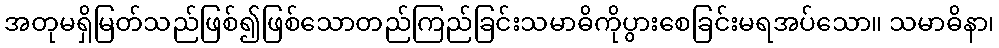
အတုမရှိမြတ်သည်ဖြစ်၍ဖြစ်သောတည်ကြည်ခြင်းသမာဓိကိုပွားစေခြင်းမရအပ်သော။ သမာဓိနာ၊